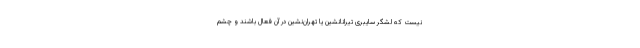
نیست که لشگر سایبری تیرانانشین یا تهران‌نشین در آن فعال باشند و چشم